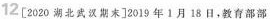
12[2020湖北武汉期末]2019年1月18日，教育部部